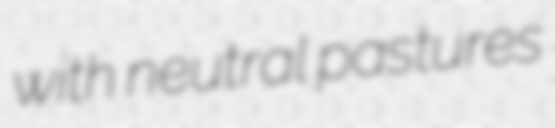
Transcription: with neutral pastures